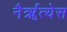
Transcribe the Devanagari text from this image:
नैर्ॠत्येस